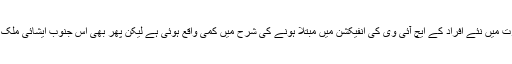
اقوام متحدہ کے اعدادوشمار کے مطابق اگرچہ بھارت میں نئے افراد کے ایچ آئی وی کی انفیکشن میں مبتلا ہونے کی شرح میں کمی واقع ہوئی ہے لیکن پھر بھی اس جنوب ایشائی ملک میں دو اعشاریہ ایک ملین اس وائرس کا شکار ہیں۔